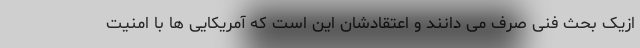
ازیک بحث فنی صرف می دانند و اعتقادشان این است که آمریکایی ها با امنیت